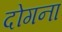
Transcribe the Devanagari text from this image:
दोगना